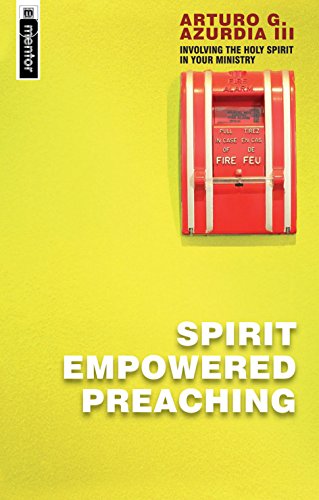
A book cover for Spirit Empowered Preaching: Involving The Holy Spirit in Your Ministry (Mentor Imprint); Arturo G. Azurdia; Christian Books & Bibles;